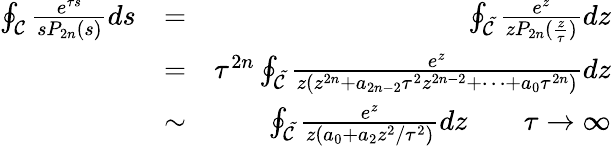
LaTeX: \begin{array}{rlr}{\oint_{\cal C}\frac{e^{\tau s}}{sP_{2n}(s)}ds}&{=}&{\oint_{\cal\tilde{C}}\frac{e^{z}}{zP_{2n}(\frac{z}{\tau})}dz}\\ &{=}&{\tau^{2n}\oint_{\cal\tilde{C}}\frac{e^{z}}{z(z^{2n}+a_{2n-2}\tau^{2}z^{2n-2}+\cdots+a_{0}\tau^{2n})}dz}\\ &{\sim}&{\oint_{\cal\tilde{C}}\frac{e^{z}}{z(a_{0}+a_{2}z^{2}/\tau^{2})}dz\qquad\tau\rightarrow\infty}\end{array}